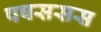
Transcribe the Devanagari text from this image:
पषससस